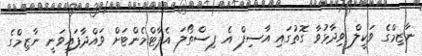
ނާޒިމްގެ ވަކީލް ވިދާޅުވާ ގޮތުގައި އާސިފް އެ ފިސްތޯލަ އެޕާޓްމެންޓަށް ވައްދާފައިވަނީ ނާޒިމްގެ